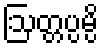
ဩတ္တပ္ပမ္ပိ